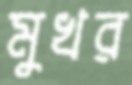
মুখর